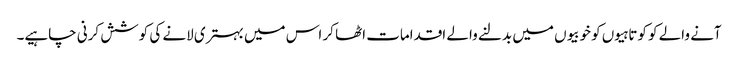
آنے والے کو کوتاہیوں کو خوبیوں میں بدلنے والے اقدامات اٹھا کر اس میں بہتری لانے کی کوشش کرنی چاہیے۔